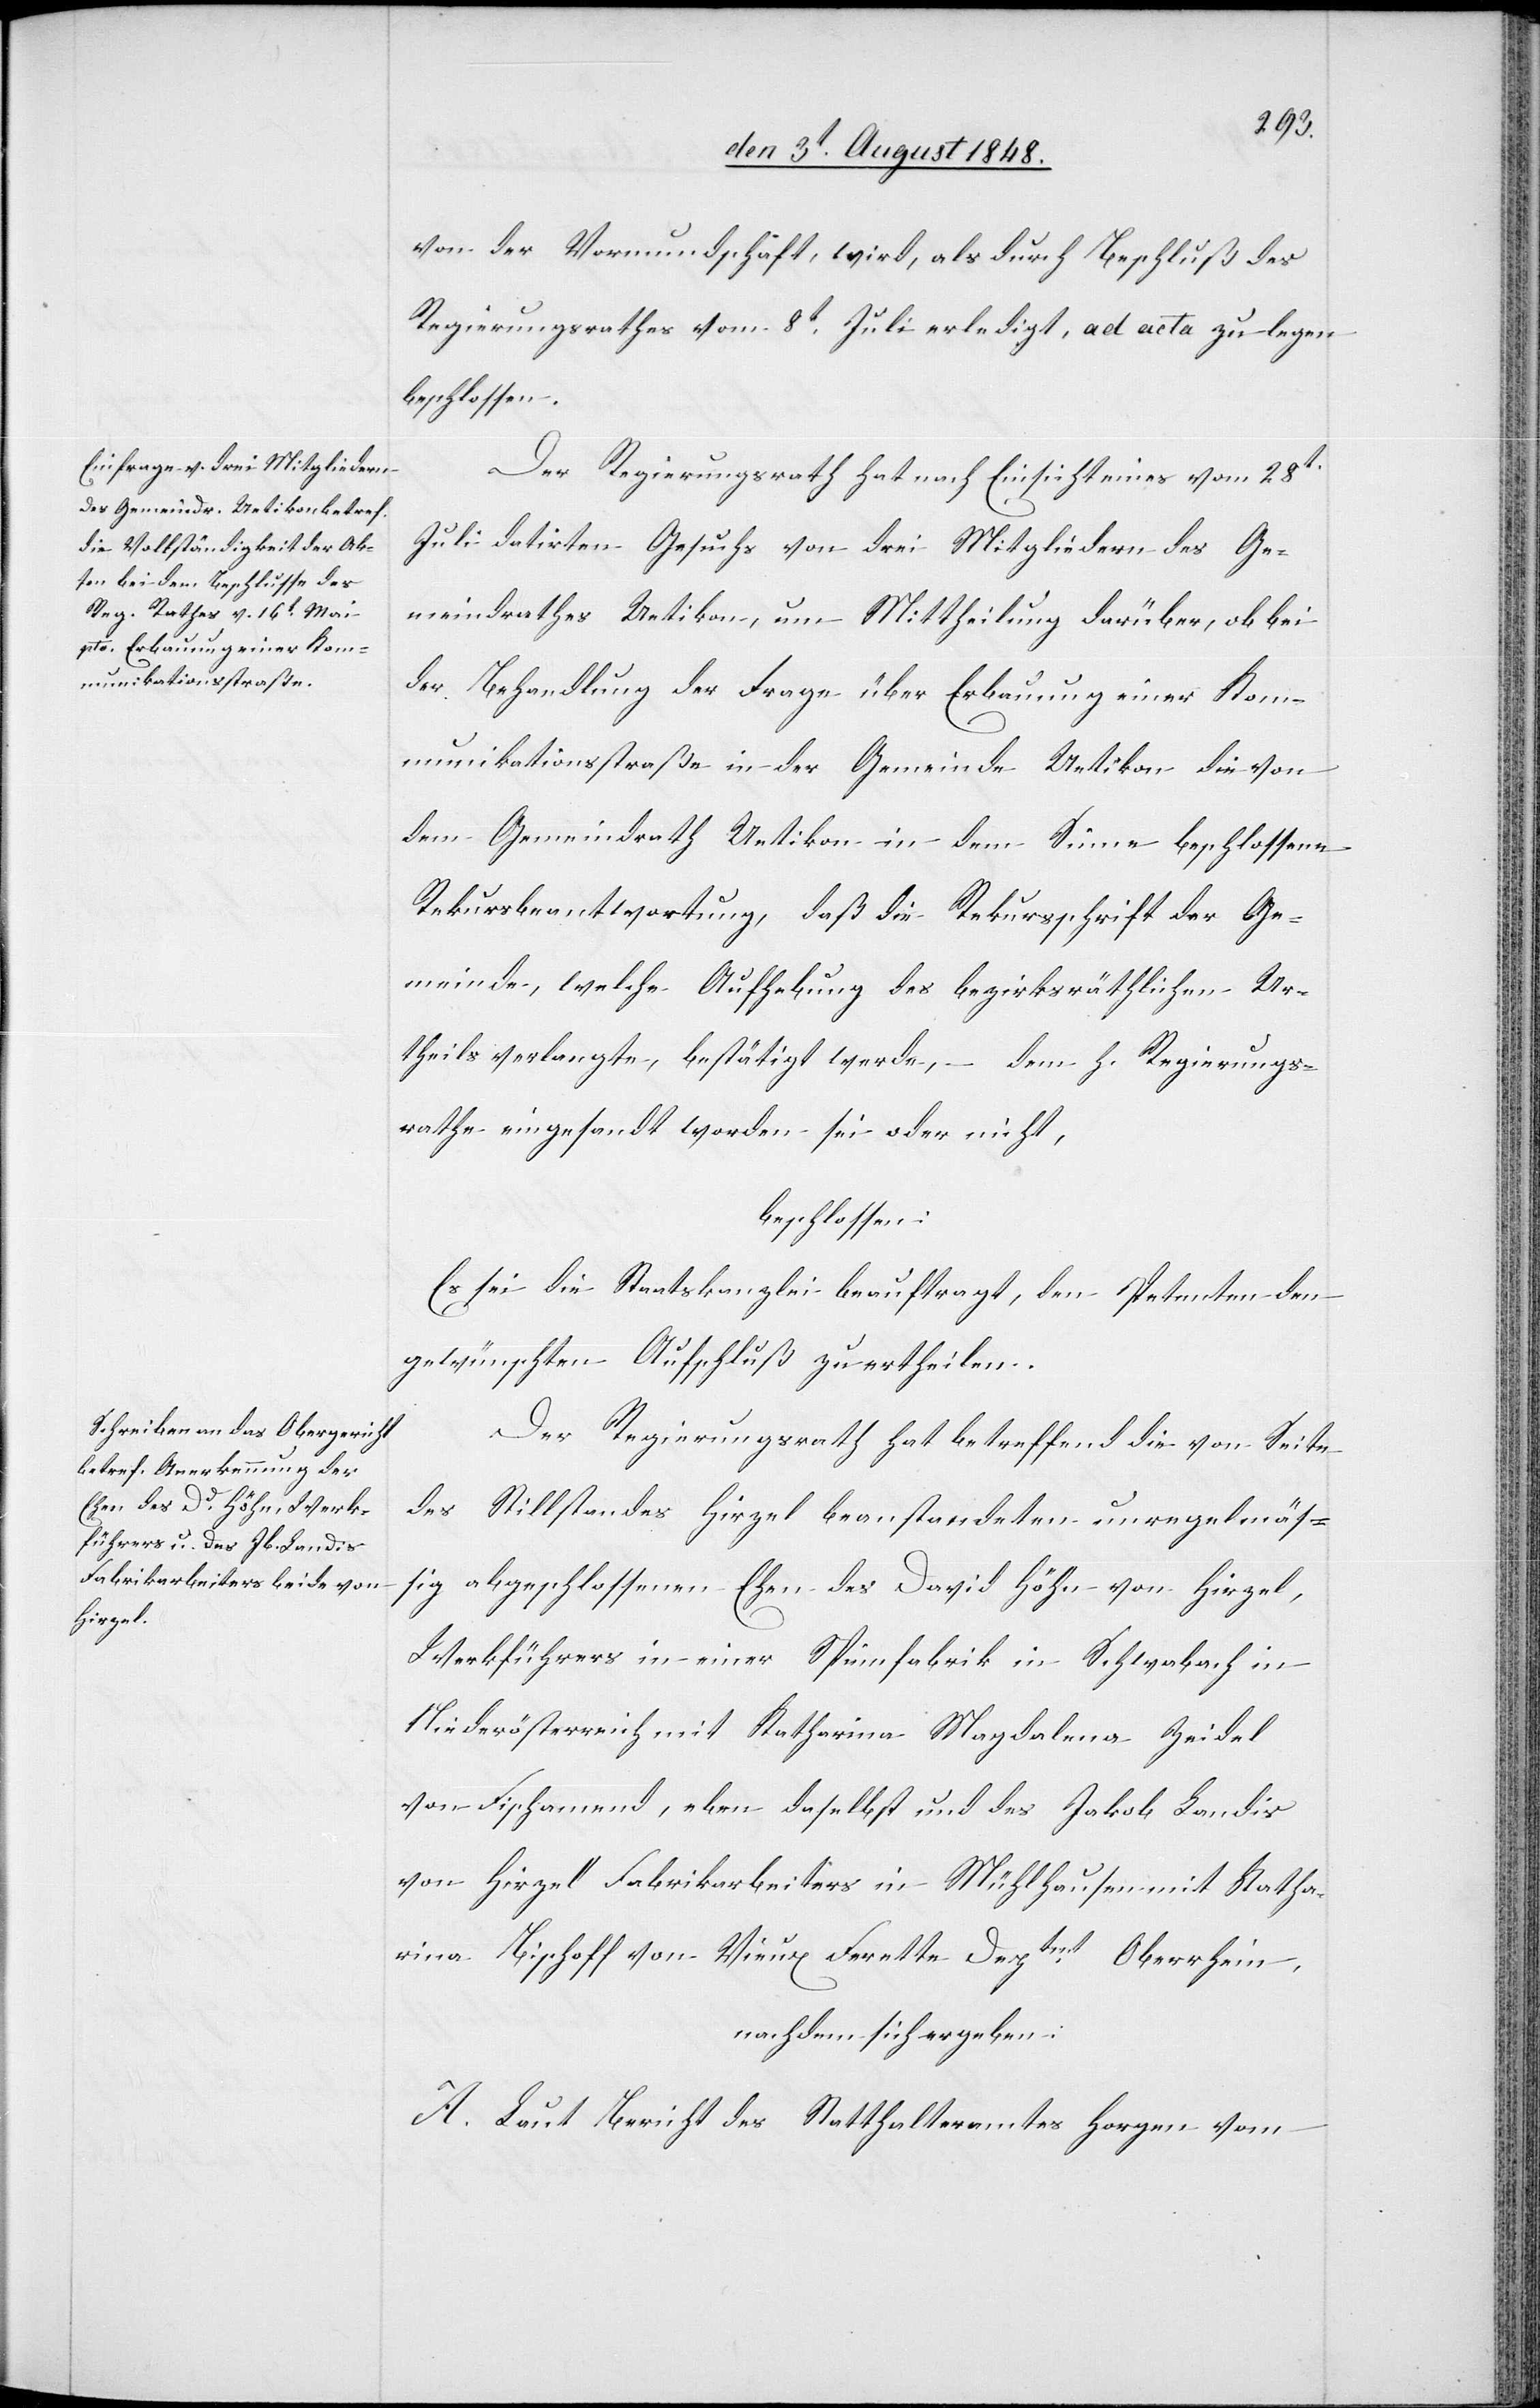
von der Vormundschaft, wird, als durch Beschluß des
Regierungsrathes vom 8t Juli erledigt, ad acta zu legen
beschlossen.
Der Regierungsrath hat nach Einsicht eines vom 28t
Juli datirten Gesuchs von drei Mitgliedern des Ge¬
meindrathes Uetikon, um Mittheilung darüber, ob bei
der Behandlung der Frage über Erbauung einer Kom¬
munikationsstraße in der Gemeinde Uetikon die von
dem Gemeindrath Uetikon in dem Sinne beschlossene
Rekursbeantwortung, daß die Rekursschrift der Ge¬
meinde, welche Aufhebung des bezirksräthlichen Ur¬
theils verlangte, bestätigt werde, dem h. Regierungs¬
rathe eingesandt worden sei oder nicht,
beschlossen:
Es sei die Staatskanzlei beauftragt, den Petenten den
gewünschten Aufschluß zu ertheilen.
Der Regierungsrath hat betreffend die von Seite
des Stillstandes Hirzel beanstandeten unregelmäß¬
ig abgeschlossenen Ehen des David Höhn von Hirzel,
Werkführers in einer Spinnfabrik in Schwabach in
Niederösterreich mit Katharina Magdalena Zeidel
von Fischamend, eben daselbst und des Jakob Landis
von Hirzel Fabrikarbeiters in Mühlhausen mit Katha¬
rina Bischoff von Vieux Ferette Deptmt Oberrhein,
nachdem sich ergeben:
A. Laut Bericht des Statthalteramtes Horgen vom